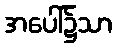
အပေါ်၌သာ